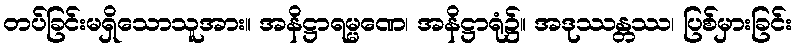
တပ်ခြင်းမရှိသောသူအား။ အနိဋ္ဌာရမ္မဏေ၊ အနိဋ္ဌာရုံ၌။ အဒုဿန္တဿ၊ ပြစ်မှားခြင်း